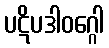
ပဋိပဒါဝဂ္ဂေါ